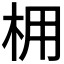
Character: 𪱽